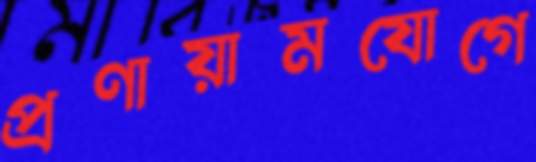
প্রণায়ামযোগে